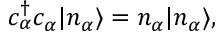
c _ { \alpha } ^ { \dagger } c _ { \alpha } | n _ { \alpha } \rangle = n _ { \alpha } | n _ { \alpha } \rangle ,